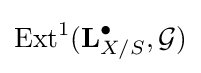
{\text{Ext}}^{1}(\mathbf {L} _{X/S}^{\bullet },{\mathcal {G}})